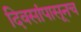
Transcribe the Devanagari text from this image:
दिवसांपासूनच